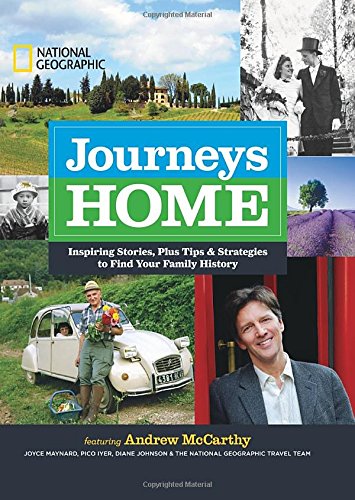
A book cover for Journeys Home: Inspiring Stories, Plus Tips and Strategies to Find Your Family History; Andrew McCarthy; Travel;